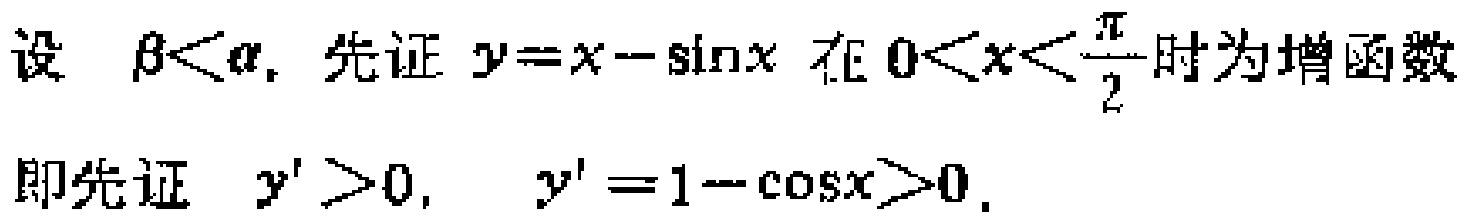
设 $\beta<\alpha$. 先证 $y = x - \sin x$ 在 $0<x<\frac{\pi}{2}$ 时为增函数
即先证 $y'>0$, $y' = 1 - \cos x>0$.